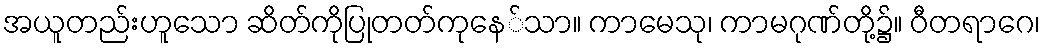
အယူတည်းဟူသော ဆိတ်ကိုပြုတတ်ကုနေ်သာ။ ကာမေသု၊ ကာမဂုဏ်တို့၌။ ဝီတရာဂေ၊